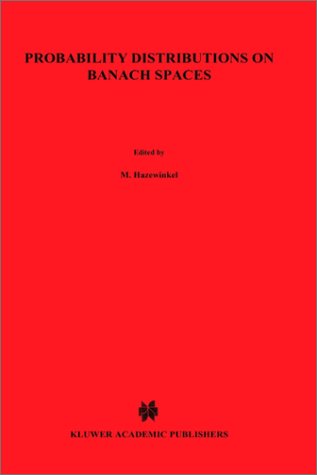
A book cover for Probability Distributions on Banach Spaces (Mathematics and its Applications); N Vakhania; Science & Math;